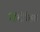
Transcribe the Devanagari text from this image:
हिंदीहित